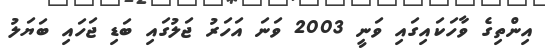
އިންތިގެ ވާހަކައިގައި ވަނީ 2003 ވަނަ އަހަރު ޖަލުގައި ބަޑި ޖަހައި ބަޔަލު